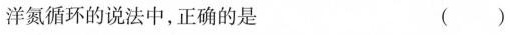
洋氮循环的说法中，正确的是 ()